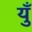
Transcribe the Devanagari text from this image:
युँ